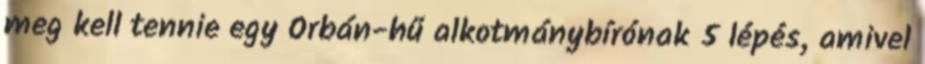
meg kell tennie egy Orbán-hű alkotmánybírónak 5 lépés, amivel